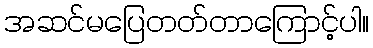
အဆင်မပြေတတ်တာကြောင့်ပါ။